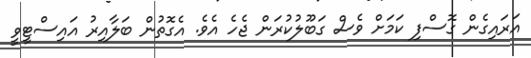
އަރައިގެން ގޮސްފި ކަމަށް ވެސް ގަބޫލުކުރަން ޖެހެ އެވެ. އެގޮތުން ބަލާއިރު އައިސްޓީވީ